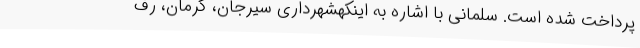
پرداخت شده است. سلمانی با اشاره به اینکهشهرداری سیرجان، کرمان، رف